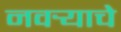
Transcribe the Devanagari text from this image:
नवर्‍याचे